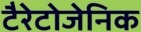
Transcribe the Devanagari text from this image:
टैरेटोजेनिक